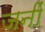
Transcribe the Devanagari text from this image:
जनीं